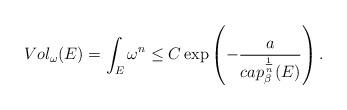
LaTeX: \begin{align*}Vol_\omega(E)= \int_E \omega^n \leq C \exp \left(-\frac{a}{cap_\beta^\frac{1}{n}(E)} \right).\end{align*}